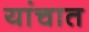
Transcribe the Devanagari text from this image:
यांचात